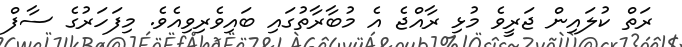
ރަތް ކުލައިން ޖަރީވެ މުޅި ރާއްޖެ އެ މުބާރާތުގައި ބައިވެރިވިއެވެ. މިފަހަރުގެ ސާފް